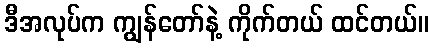
ဒီအလုပ်က ကျွန်တော်နဲ့ ကိုက်တယ် ထင်တယ်။